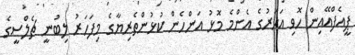
ޕީއެފްއޭއިން ހޮވި އަހަރުގެ އެންމެ މޮޅު އަންހެން ކުޅުންތެރިޔާގެ މިފަހަރު ލިބުނީ ޗެލްސީގެ